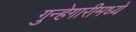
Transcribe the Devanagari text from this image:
गुन्हेगारीमध्ये